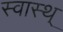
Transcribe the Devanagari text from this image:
स्वास्थ्